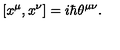
[ x ^ { \mu } , x ^ { \nu } ] = i \hbar \theta ^ { \mu \nu } .